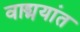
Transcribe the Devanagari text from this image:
वाड्मयांत